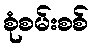
စုံစမ်းစစ်